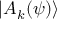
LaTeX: | A _ { k } ( \psi ) \rangle